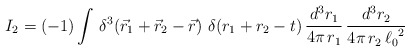
\begin{align*}I_{2}=(-1)\int\, \delta^{3}\!\left({\vec{r}_{1} + \vec{r}_{2} -\vec r}\right)\,\delta(r_{1}+r_{2}-t)\,\frac{d^{3}r_{1}}{4\pi\,r_{1}}\,\frac{d^{3}r_{2}}{4\pi\,r_{2}\,{\ell_{0}}^{2}}\end{align*}